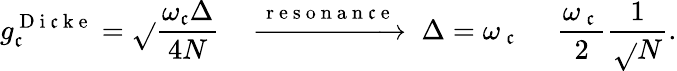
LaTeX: g_{\mathfrak{c}}^{\mathrm{{~D~i~\mathfrak{c}~k~e~}}}=\sqrt{}{{\frac{{\omega_{\mathfrak{c}}\Delta}}{{4N}}}}\quad\xrightarrow{{\mathrm{{~r~e~s~o~n~a~n~\mathfrak{c}~e~}}}}{{\; \Delta=\omega_{\mathrm{{~\mathfrak{c}~}}}\; }}\quad\frac{{\omega_{\mathrm{{~\mathfrak{c}~}}}}}{{2}}\frac{{1}}{{\sqrt{}{{N}}}}.